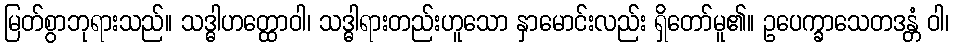
မြတ်စွာဘုရားသည်။ သဒ္ဓါဟတ္ထောဝါ၊ သဒ္ဓါရားတည်းဟူသော နှာမောင်းလည်း ရှိတော်မူ၏။ ဥပေက္ခာသေတဒန္တံ ဝါ၊